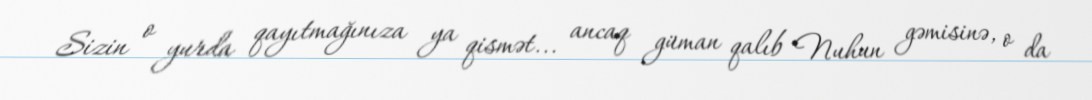
Sizin o yurda qayıtmağınıza ya qismət... ancaq güman qalıb Nuhun gəmisinə, o da